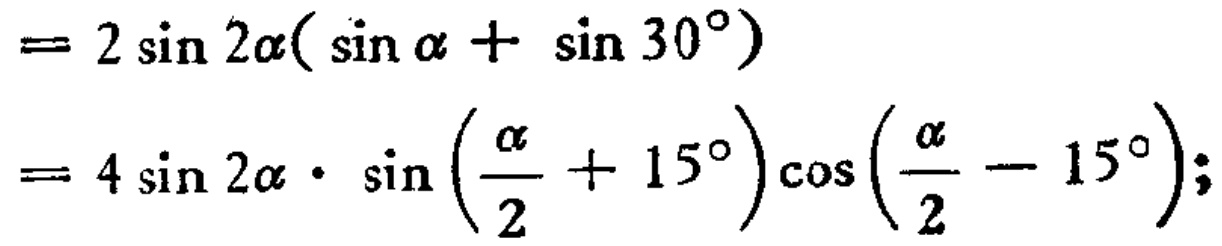
\[

\begin{align*}

&= 2\sin 2\alpha(\sin \alpha + \sin 30^{\circ})\\

&= 4\sin 2\alpha\cdot \sin \left(\frac{\alpha}{2} + 15^{\circ}\right)\cos \left(\frac{\alpha}{2} - 15^{\circ}\right);

\end{align*}

\]